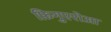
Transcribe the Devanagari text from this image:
फ़िगुएरोआ